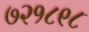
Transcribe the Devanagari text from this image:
७२१८९८